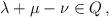
LaTeX: \begin{align*}\lambda+\mu-\nu\in Q \,,\end{align*}